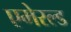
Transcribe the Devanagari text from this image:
एमेरल्ड